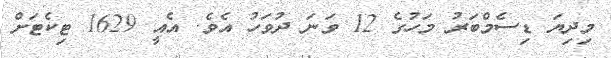
މިދިޔަ ޑިސެމްބަރު މަހުގެ 12 ވަނަ ދުވަހު އެވެ. އެއީ 1629 ޓިކެޓަށް